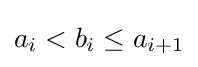
{\textstyle a_{i}<b_{i}\leq a_{i+1}}